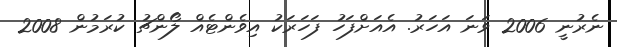
ނެރުނީ 2006 ވަނަ އަހަރު. އެއަށްފަހު ފަހަރަކު އިވެންޓެއް ލޯންޗު ކުރަމުން 2008